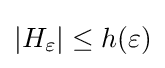
|H_{\varepsilon }|\leq h(\varepsilon )